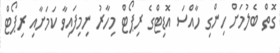
ގޮތް ބެލުމަށް ހިންގި ހާއްސަ އޮޑިޓްގެ ރިޕޯޓް މިހާރު ނިމިފައިވާ ކަމަށާއި ރިޕޯޓް